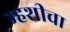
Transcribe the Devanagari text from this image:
म्हशीचा